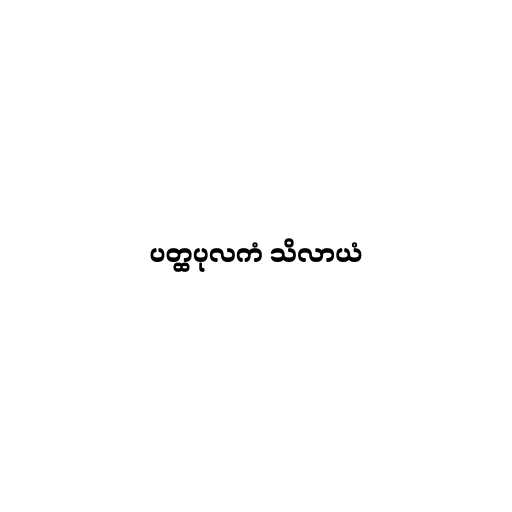
ပတ္ထပုလကံ သိလာယံ